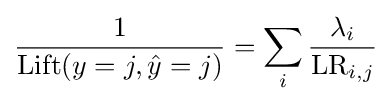
{\frac {1}{\mathrm {Lift} (y=j,{\hat {y}}=j)}}=\sum _{i}{\frac {\lambda _{i}}{\mathrm {LR} _{i,j}}}